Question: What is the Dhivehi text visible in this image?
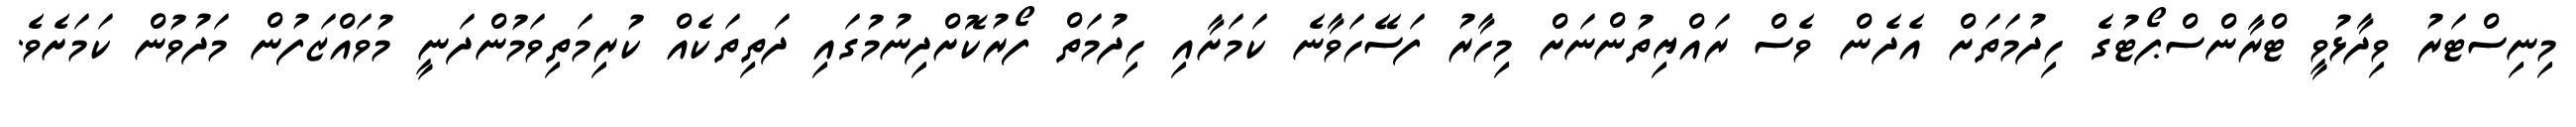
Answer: މިނިސްޓަރު ވިދާޅުވީ ޓްރާންސްޕޯޓުގެ ހިދުމަތަށް އެދެން ވެސް ރައްޔިތުންނަށް މިހާރު ފަސޭހަވާނެ ކަމަށާއި ހިދުމަތް ފޯރުކޮށްދިނުމުގައި ދަތިތަކެއް ކުރިމަތިވަމުންދަނީ މުވައްޒަފުން މަދުވުން ކަމަށެވެ.